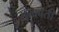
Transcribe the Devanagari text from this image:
सुखबती